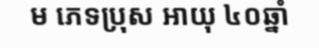
ម ភេទប្រុស អាយុ ៤០ឆ្នាំ